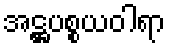
အဋ္ဌပစ္စယဝါရာ